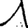
Digit: 1